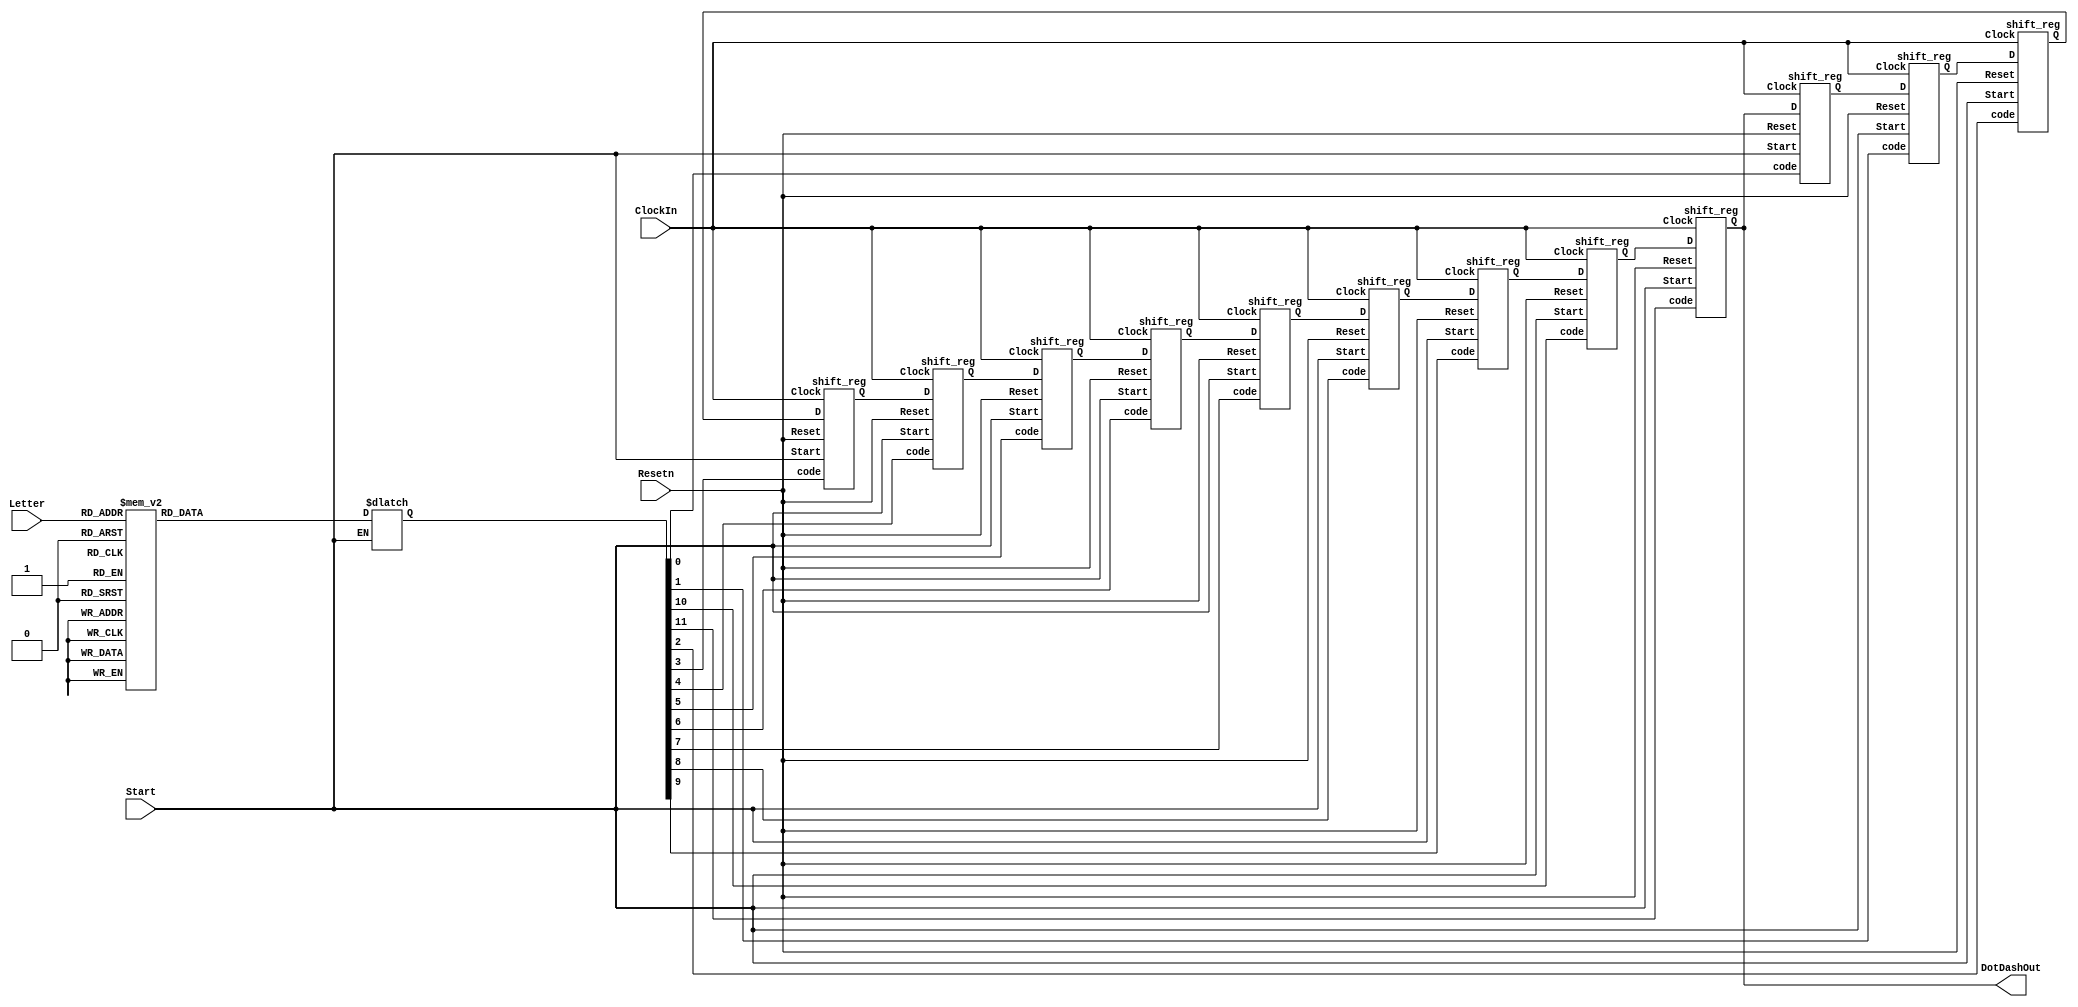
`timescale 1ns / 1ns // `timescale time_unit/time_precision

module part3(ClockIn, Resetn, Start, Letter, DotDashOut);
	input ClockIn, Resetn, Start; 
	input [2:0] Letter;	
	output wire DotDashOut;
	wire [11:0] Q; 
	reg [11:0] code;
	
	parameter A = 3'b000, B = 3'b001, C = 3'b010, D = 3'b011, E = 3'b100, F = 3'b101, G = 3'b110, H = 3'b111;
	
	always@(*)
	begin
		if (Start)
			case(Letter)
				A: code <= 12'b101110000000;
				B: code <= 12'b111010101000;
				C: code <= 12'b111010111010;
				D: code <= 12'b111010100000;
				E: code <= 12'b100000000000;
				F: code <= 12'b101011101000;
				G: code <= 12'b111011101000;
				H: code <= 12'b101010100000;
			endcase
	end
	
	assign DotDashOut = Q[11];
	//12 bit shift register to output DotDashOut 1 bit at a time
	shift_reg r11 (.Clock(ClockIn), .Reset(Resetn), .Start(Start), .Q(Q[11]), .D(Q[10]), .code(code[11]));
	shift_reg r10 (.Clock(ClockIn), .Reset(Resetn), .Start(Start), .Q(Q[10]), .D(Q[9]), .code(code[10]));
	shift_reg r9 (.Clock(ClockIn), .Reset(Resetn), .Start(Start), .Q(Q[9]), .D(Q[8]), .code(code[9]));
	shift_reg r8 (.Clock(ClockIn), .Reset(Resetn), .Start(Start), .Q(Q[8]), .D(Q[7]), .code(code[8]));
	shift_reg r7 (.Clock(ClockIn), .Reset(Resetn), .Start(Start), .Q(Q[7]), .D(Q[6]), .code(code[7]));
	shift_reg r6 (.Clock(ClockIn), .Reset(Resetn), .Start(Start), .Q(Q[6]), .D(Q[5]), .code(code[6]));
	shift_reg r5 (.Clock(ClockIn), .Reset(Resetn), .Start(Start), .Q(Q[5]), .D(Q[4]), .code(code[5]));
	shift_reg r4 (.Clock(ClockIn), .Reset(Resetn), .Start(Start), .Q(Q[4]), .D(Q[3]), .code(code[4]));
	shift_reg r3 (.Clock(ClockIn), .Reset(Resetn), .Start(Start), .Q(Q[3]), .D(Q[2]), .code(code[3]));
	shift_reg r2 (.Clock(ClockIn), .Reset(Resetn), .Start(Start), .Q(Q[2]), .D(Q[1]), .code(code[2]));
	shift_reg r1 (.Clock(ClockIn), .Reset(Resetn), .Start(Start), .Q(Q[1]), .D(Q[0]), .code(code[1]));
	shift_reg r0 (.Clock(ClockIn), .Reset(Resetn), .Start(Start), .Q(Q[0]), .D(Q[11]), .code(code[0]));
	
	
endmodule

module newClk (clk, new_clk);
	input clk;
	output reg new_clk;
	reg [11:0] RateDivider; 
	
	always@(posedge clk)
	begin
		if (RateDivider == 250) begin
			new_clk <= 1; 
			RateDivider <= 0; 
		end
		else begin
			new_clk <= 0;
			RateDivider <= RateDivider + 1;
		end
	end

endmodule

module shift_reg(Clock, Reset, Start, Q, D, code);
	input Clock, Reset, D, code, Start;
	wire clk;
	reg Enable;
	reg temp;
	output reg Q;
	
	
	newClk u0(.clk(Clock), .new_clk(clk));
	
	
	always @(posedge clk, negedge Reset)
	begin
	
		if (Reset == 1'b0)
			Q <= 1'b0; 
		else begin
			if (Start)
				Q <= code;
			else
				Q <= D;
		end		
			
	end
	
	

endmodule